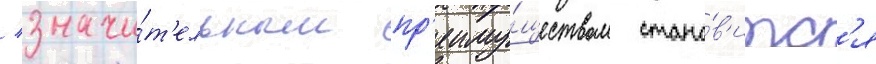
/ значи́т'ельным пр'еиму́ществом стано́в'итс'я